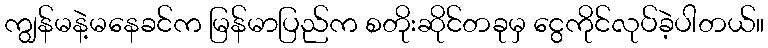
ကျွန်မနဲ့မနေခင်က မြန်မာပြည်က စတိုးဆိုင်တခုမှ ငွေကိုင်လုပ်ခဲ့ပါတယ်။